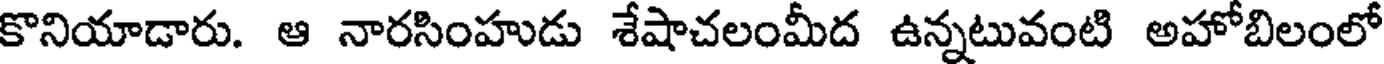
కొనియాడారు. ఆ నారసింహుడు శేషాచలంమీద ఉన్నటువంటి అహోబిలంలో